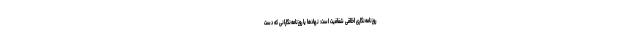
روزنامه‌نگاری اخلاقی شفافیت است: نهادها یا روزنامه‌نگارانی که دست